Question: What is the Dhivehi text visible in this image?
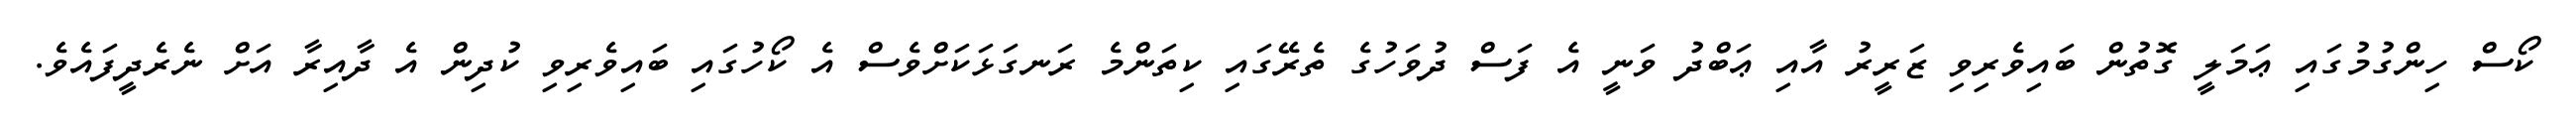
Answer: ކޯސް ހިންގުމުގައި ޢަމަލީ ގޮތުން ބައިވެރިވި ޒަރީރު އާއި ޢަބްދު ވަނީ އެ ފަސް ދުވަހުގެ ތެރޭގައި ކިތަންމެ ރަނގަޅަކަށްވެސް އެ ކޯހުގައި ބައިވެރިވި ކުދިން އެ ދާއިރާ އަށް ނެރެދީފައެވެ.